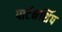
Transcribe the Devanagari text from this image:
पार्टनर्शिप